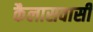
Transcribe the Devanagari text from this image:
कैलासवासी